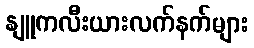
နျူကလီးယားလက်နက်များ